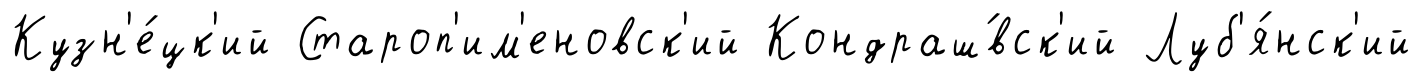
Кузн'е́цк'ий Староп'им'еновск'ий Кондраш́вск'ий Луб'я́нск'ий